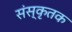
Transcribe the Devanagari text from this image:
संस्कृतक